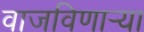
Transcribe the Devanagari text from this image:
वाजविणार्‍या